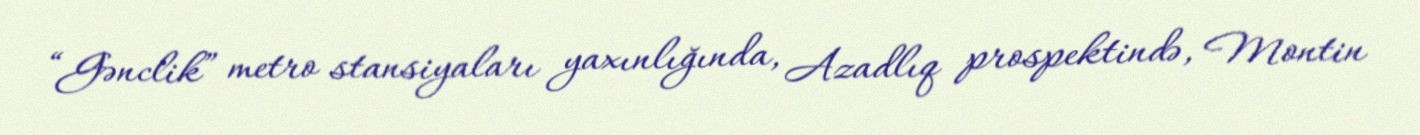
“Gənclik” metro stansiyaları yaxınlığında, Azadlıq prospektində, Montin